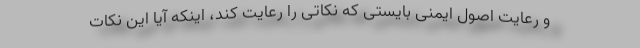
و رعایت اصول ایمنی بایستی که نکاتی را رعایت کند، اینکه‌ آیا این نکات